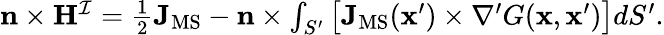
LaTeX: \begin{array}{r}{\mathbf{n}\times\mathbf{H}^{\mathcal{I}}=\frac{1}{2}\mathbf{J}_{\mathrm{MS}}-\mathbf{n}\times\int_{S^{\prime}}\big[\mathbf{J}_{\mathrm{MS}}(\mathbf{x}^{\prime})\times\nabla^{\prime}G(\mathbf{x},\mathbf{x}^{\prime})\big]dS^{\prime}.}\end{array}